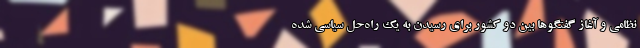
نظامی و آغاز گفتگوها بین دو کشور برای رسیدن به یک راه‌حل سیاسی شده